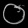
Digit: ၀